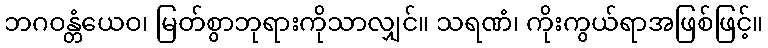
ဘဂဝန္တံယေဝ၊ မြတ်စွာဘုရားကိုသာလျှင်။ သရဏံ၊ ကိုးကွယ်ရာအဖြစ်ဖြင့်။